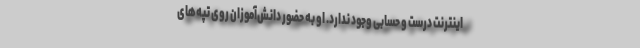
اینترنتِ درست و حسابی وجود ندارد. او به حضور دانش‌آموزان روی تپه‌های